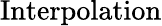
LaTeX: \operatorname{Interpolation}